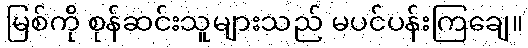
မြစ်ကို စုန်ဆင်းသူများသည် မပင်ပန်းကြချေ။